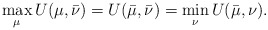
\begin{align*}\max_{\mu} U(\mu,\bar{\nu}) =U(\bar{\mu},\bar{\nu})= \min_\nu U(\bar{\mu},\nu).\end{align*}